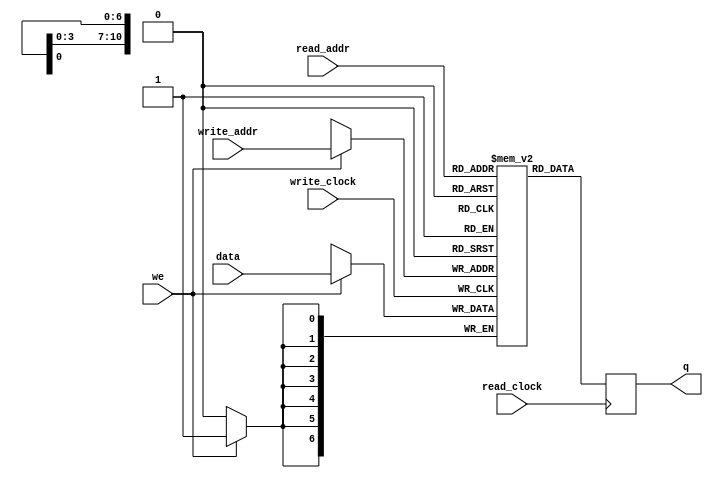
// From Altera's Dual Port RAM Example
// JRG170, VXS182
module ram_dual
(
	input [6:0] data,							// 7 bit user input
	input [10:0] read_addr, write_addr, // only need 10 bits to index the row (2048)
	input we, read_clock, write_clock,	
	output reg [6:0] q
);

	// Declare the RAM variable
	reg [6:0] ram[2047:0];
	
	always @ (posedge write_clock)
	begin
		// Write
		if (we)
			ram[write_addr] <= data;
	end
	
	always @ (posedge read_clock)
	begin
		// Read 
		q <= ram[read_addr];
	end
endmodule